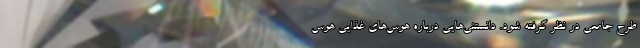
طرح جامعی در نظر گرفته شود. دانستنی‌هایی درباره هوس‌های غذایی هوس